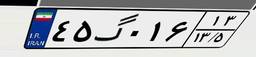
۷۷گ۵۹۱۵۵